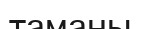
таманы